Civil Veterinary Department. Madras. Admin. report 1926-33 - 1926-1933
Year: 1926
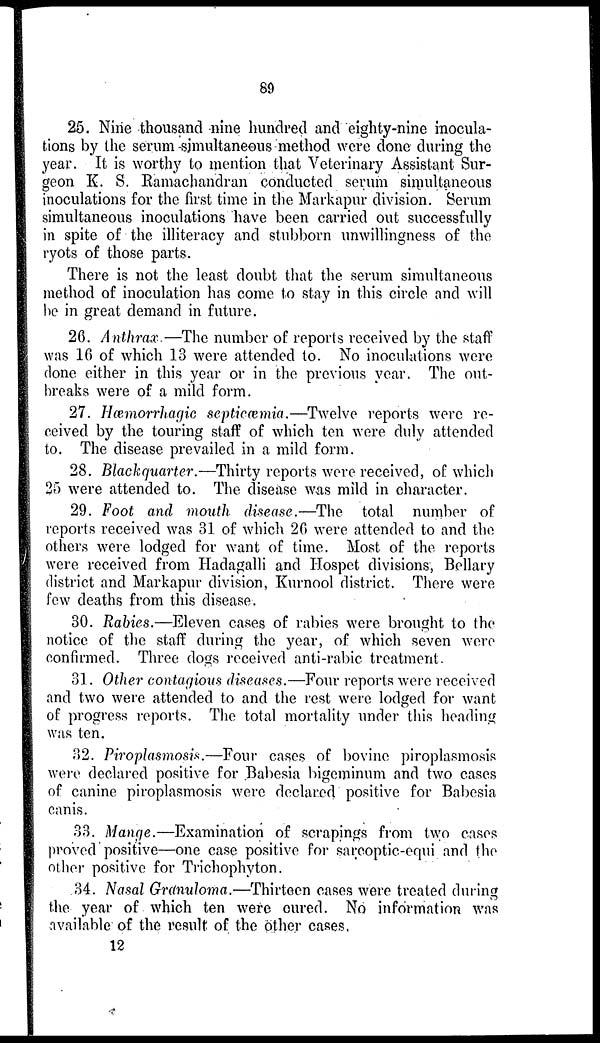
89
25. Nine thousand nine hundred and eighty-nine inocula-
tions by the serum simultaneous method were done during the
year. It is worthy to mention that Veterinary Assistant Sur-
geon K. S. Ramachandran conducted serum simultaneous
inoculations for the first time in the Markapur division. Serum
simultaneous inoculations have been carried out successfully
in spite of the illiteracy and stubborn unwillingness of the
ryots of those parts.
There is not the least doubt that the serum simultaneous
method of inoculation has come to stay in this circle and will
be in great demand in future.
26. Anthrax.—The number of reports received by the staff
was 16 of which 13 were attended to. No inoculations were
done either in this year or in the previous year. The out-
breaks were of a mild form.
27. Hæmorrhagic septicæmia.—Twelve reports were re-
ceived by the touring staff of which ten were duly attended
to. The disease prevailed in a mild form.
28. Blackquarter:—Thirty reports were received, of which
25 were attended to. The disease was mild in character.
29. Foot and mouth disease.—The total number of
reports received was 31 of which 26 were attended to and the
others were lodged for want of time. Most of the reports
were received from Hadagalli and Hospet divisions, Bellary
district and Markapur division, Kurnool district. There were
few deaths from this disease.
30. Rabies.—Eleven cases of rabies were brought to the
notice of the staff during the year, of which seven were
confirmed. Three dogs received anti-rabic treatment.
31. Other contagious diseases.—Four reports were received
and two were attended to and the rest were lodged for want
of progress reports. The total mortality under this heading
was ten.
32. Piroplasmosis.—Four cases of bovine piroplasmosis
were declared positive for Babesia bigeminum and two cases
of canine piroplasmosis were declared positive for Babesia
canis.
33. Mange.—Examination of scrapings from two cases
proved positive—one case positive for sarcoptic-equi and the
other positive for Trichophyton.
34. Nasal Granuloma.—Thirteen cases were treated during
the year of which ten were cured. No information was
available of the result of the other cases.
12